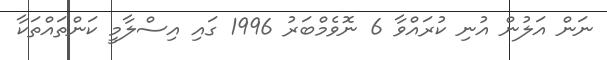
ނަން އަލުން އުނި ކުރައްވާ 6 ނޮވެމްބަރު 1996 ގައި އިސްލާމީ ކަންތައްތަކާ